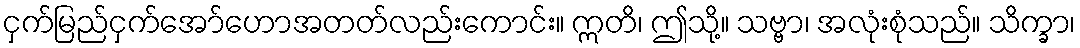
ငှက်မြည်ငှက်အော်ဟောအတတ်လည်းကောင်း။ ဣတိ၊ ဤသို့။ သဗ္ဗာ၊ အလုံးစုံသည်။ သိက္ခာ၊